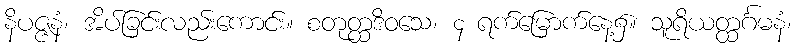
နိပဇ္ဇနံ၊ အိပ်ခြင်းလည်းကောင်း။ စတုတ္ထဒိဝသေ၊ ၄ ရက်မြောက်နေ့၌။ သူရိယတ္ထင်္ဂမနံ၊